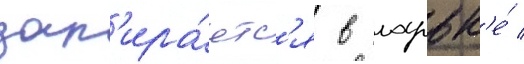
зап'ира́етс'я в ларьк'е́ /